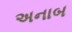
અનાબ